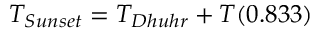
T _ { S u n s e t } = T _ { D h u h r } + T ( 0 . 8 3 3 )